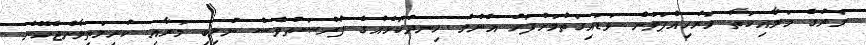
މަރުގެ މަލާއިކަތާ މަރުހިއްޕަވަން ވަޑައިގަތުމަށްފަހު އެންމެ ހިނދުކޮޅެއްގެ ފުރުޞަތުވެސް ނުލިބި މަރާއި ކުރިމަތިލާންޖެހޭނެ